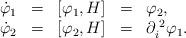
LaTeX: \begin{align*}\begin{array}{rcccl}\dot{\varphi}_{1} & = & [\varphi_{1}, H] & = & \varphi_{2} , \\\dot{\varphi}_{2} & = & [\varphi_{2}, H] & = &\partial_{i}^{\makebox[1mm]{}2}\varphi_{1} .\end{array}\end{align*}